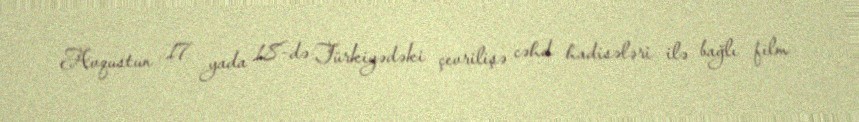
Avqustun 17 yada 18-də Türkiyədəki çevrilişə cəhd hadisələri ilə bağlı film